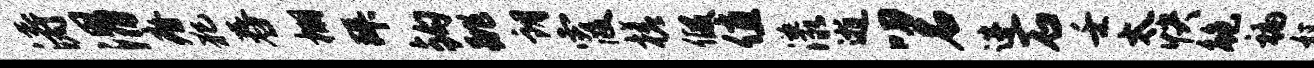
涛渭瘠犯舂棚拜钩跳朗霞槎假值漾逝叨名进石壬太快鲍褊奴